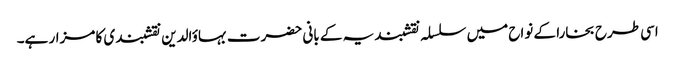
اسی طرح بخارا کے نواح میں سلسلہ نقشبندیہ کے بانی حضرت بہاؤالدین نقشبندی کا مزار ہے۔